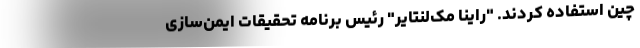
چین استفاده کردند. "راینا مک‌لنتایر" رئیس برنامه تحقیقات ایمن‌سازی